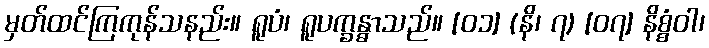
မှတ်ထင်ကြကုန်သနည်း။ ရူပံ၊ ရူပက္ခန္ဓာသည်။ [၀၁] (နိ၊ ၇) [၀၇] နိစ္စံဝါ၊